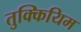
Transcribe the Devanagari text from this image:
तुक्कियिम